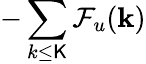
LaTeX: -\sum_{k\le\mathsf{K}}\mathcal{{F}}_{u}({\mathbf{k}})